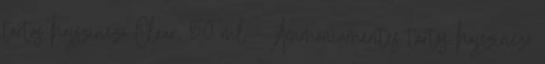
tartós hajszinező Clear, 50 ml - Ammóniamentes tartós hajszinező